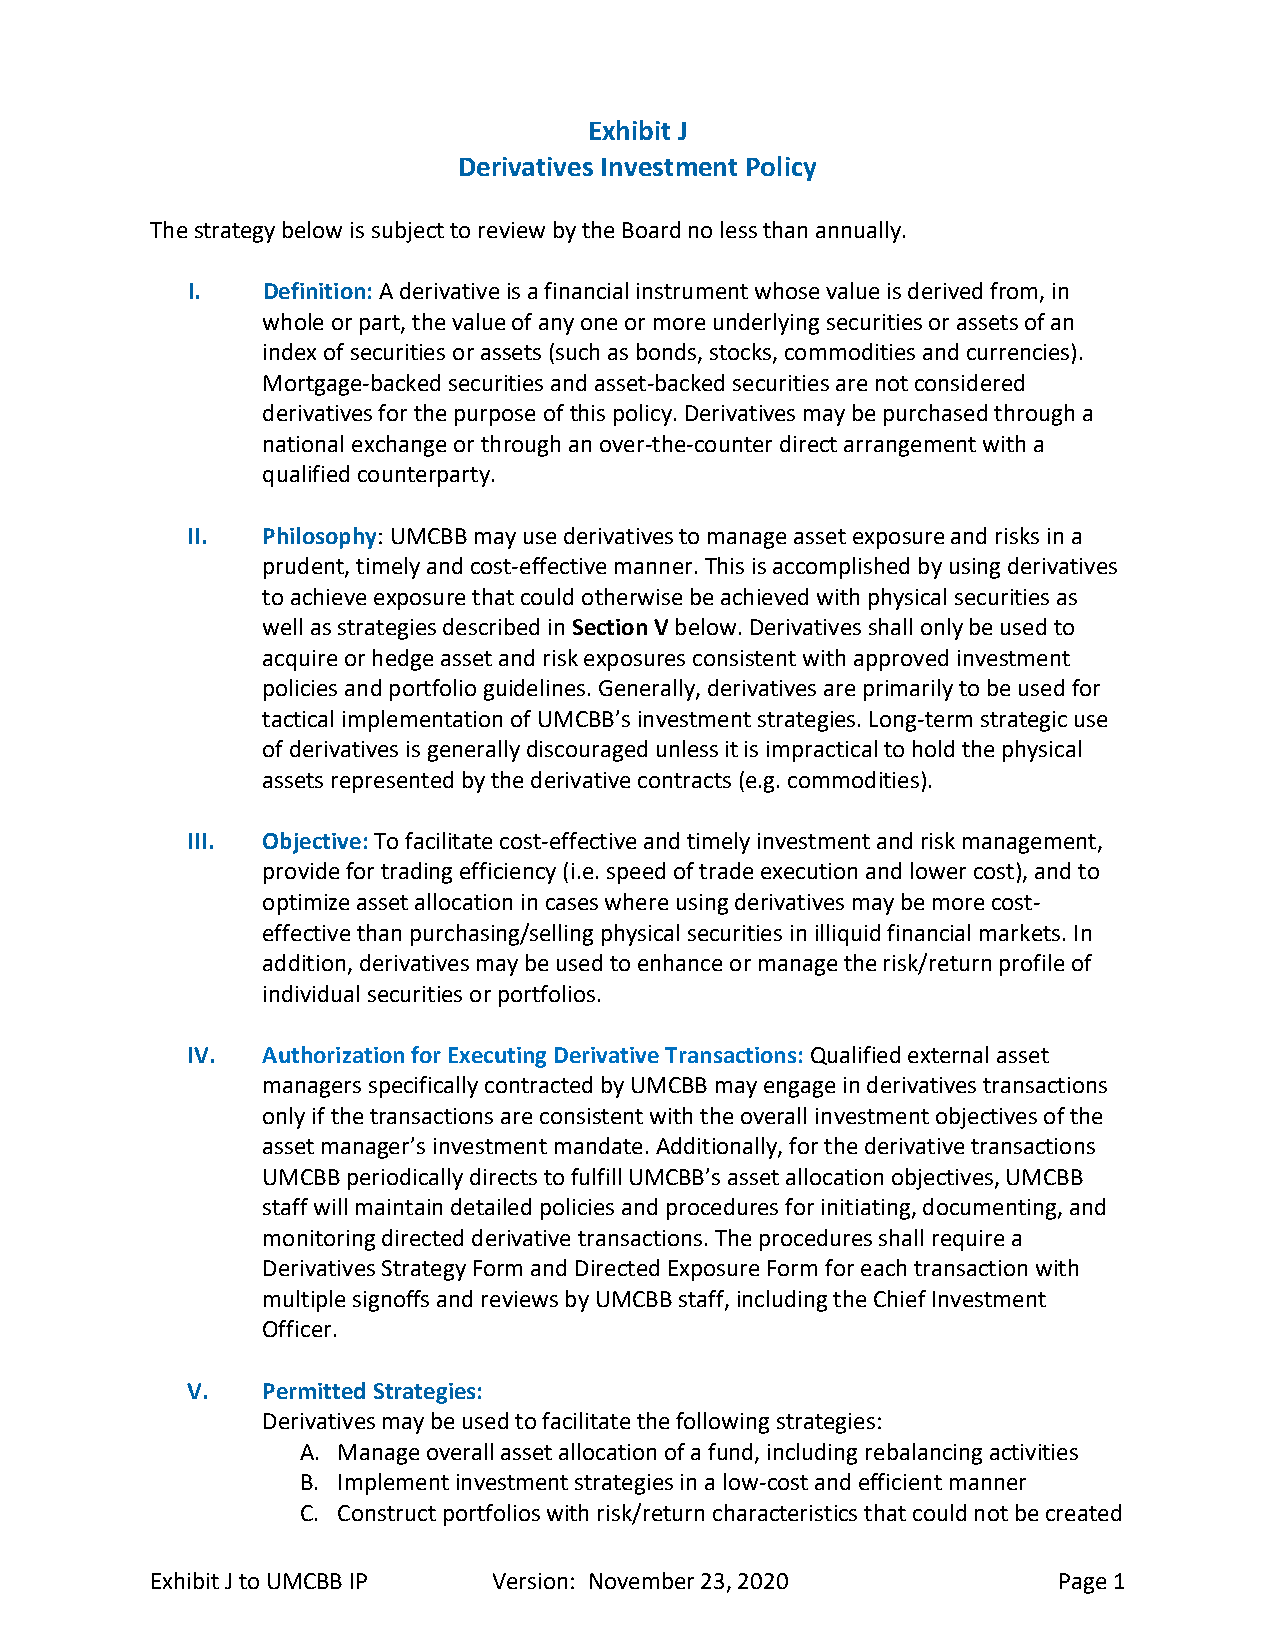
Exhibit J
 Derivatives Investment Policy
 The strategy below is subject to review by the Board no less than annually.
 I.   Definition: A derivative is a financial instrument whose value is derived from, in
 whole or part, the value of any one or more underlying securities or assets of an
 index of securities or assets (such as bonds, stocks, commodities and currencies).
 Mortgage-backed securities and asset-backed securities are not considered
 derivatives for the purpose of this policy. Derivatives may be purchased through a
 national exchange or through an over-the-counter direct arrangement with a
 qualified counterparty.
 II.  Philosophy: UMCBB may use derivatives to manage asset exposure and risks in a
 prudent, timely and cost-effective manner. This is accomplished by using derivatives
 to achieve exposure that could otherwise be achieved with physical securities as
 well as strategies described in Section V below. Derivatives shall only be used to
 acquire or hedge asset and risk exposures consistent with approved investment
 policies and portfolio guidelines. Generally, derivatives are primarily to be used for
 tactical implementation of UMCBB’s investment strategies. Long-term strategic use
 of derivatives is generally discouraged unless it is impractical to hold the physical
 assets represented by the derivative contracts (e.g. commodities).
 III. Objective: To facilitate cost-effective and timely investment and risk management,
 provide for trading efficiency (i.e. speed of trade execution and lower cost), and to
 optimize asset allocation in cases where using derivatives may be more cost-
 effective than purchasing/selling physical securities in illiquid financial markets. In
 addition, derivatives may be used to enhance or manage the risk/return profile of
 individual securities or portfolios.
 IV.  Authorization for Executing Derivative Transactions: Qualified external asset
 managers specifically contracted by UMCBB may engage in derivatives transactions
 only if the transactions are consistent with the overall investment objectives of the
 asset manager’s investment mandate. Additionally, for the derivative transactions
 UMCBB periodically directs to fulfill UMCBB’s asset allocation objectives, UMCBB
 staff will maintain detailed policies and procedures for initiating, documenting, and
 monitoring directed derivative transactions. The procedures shall require a
 Derivatives Strategy Form and Directed Exposure Form for each transaction with
 multiple signoffs and reviews by UMCBB staff, including the Chief Investment
 Officer.
 V.   Permitted Strategies:
 Derivatives may be used to facilitate the following strategies:
 A. Manage overall asset allocation of a fund, including rebalancing activities
 B. Implement investment strategies in a low-cost and efficient manner
 C. Construct portfolios with risk/return characteristics that could not be created
 Exhibit J to UMCBB IP  Version: November 23, 2020           Page 1